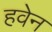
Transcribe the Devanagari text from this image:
हवेन